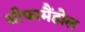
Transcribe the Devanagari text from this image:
सीफामैंडोल